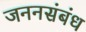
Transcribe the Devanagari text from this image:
जननसंबंध